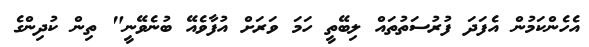
އެހެންކަމުން އެފަދަ ފުރުސަތުތައް ލިބޭތީ ހަމަ ވަރަށް އުފާވެއޭ ބުނެވޭނީ" ތިން ކުދިންގެ